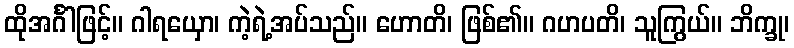
ထိုအင်္ဂါဖြင့်။ ဂါရယှော၊ ကဲ့ရဲ့အပ်သည်။ ဟောတိ၊ ဖြစ်၏။ ဂဟပတိ၊ သူကြွယ်။ ဘိက္ခု၊